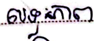
លទ្ធភាព